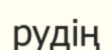
рудің